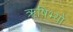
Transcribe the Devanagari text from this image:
ऋषिभ्यो